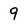
Character: 9